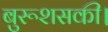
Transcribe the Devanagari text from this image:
बुरूशसकी।